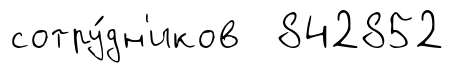
сотру́дн'иков 842852